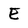
Character: E